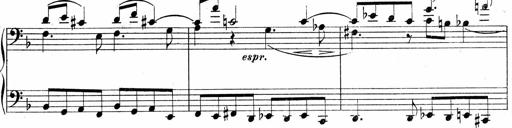
Title: Sonatina No.5
Composer: Otto Stoll
Key: F-sharp minor